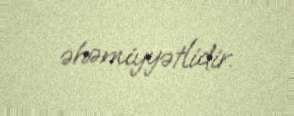
əhəmiyyətlidir.